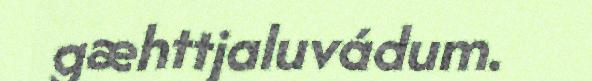
gæhttjaluvádum.